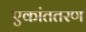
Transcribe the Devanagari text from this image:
एकांततरण